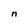
Character: n